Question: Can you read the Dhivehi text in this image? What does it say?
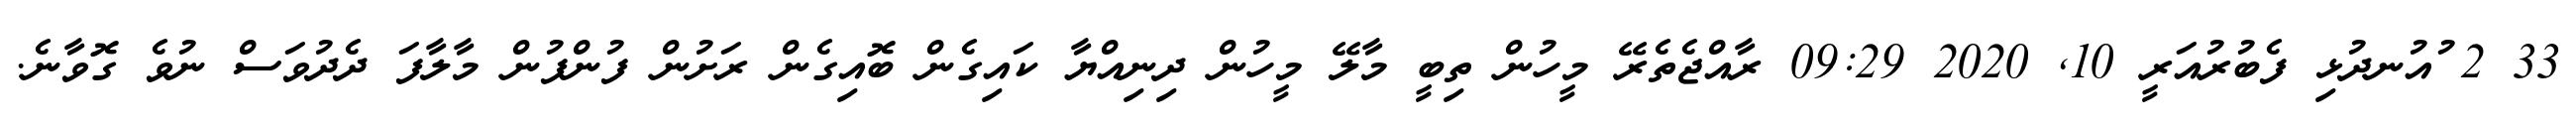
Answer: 33 2 ުއުނދުޅި ފެބުރުއަރީ 10, 2020 09:29 ރާއްޖެތެރޭ މީހުން ތިބީ މާލޭ މީހުން ދިނިއްޔާ ކައިގެން ބޮއިގެން ރަށުން ފުންފުން މާލާފަ ދެދުވަސް ނުވެ ގޮވާނެ.